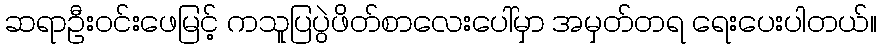
ဆရာဦးဝင်းဖေမြင့် ကသူပြပွဲဖိတ်စာလေးပေါ်မှာ အမှတ်တရ ရေးပေးပါတယ်။